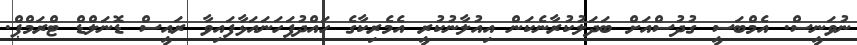
ނުވަނީސް. އެމްބަސީ ގުދުސްއަށް ބަދަލުކުރާނެކަން އިއުލާނުކުރީ އެމެރިކާގެ ހައްދުފަހަނައަޅާފައިވާ ރައީސް ޑޮނަލްޑް ޓްރަމްޕް.